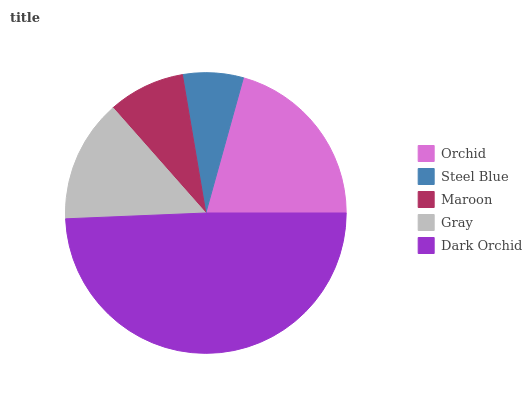
| Orchid | Steel Blue | Maroon | Gray | Dark Orchid |
 | --- | --- | --- | --- | --- |
 | 20.7% | 6.99% | 8.83% | 14.1% | 49.3% |